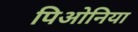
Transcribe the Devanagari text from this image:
पिओनिया